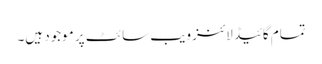
تمام گائیڈ لائنز ویب سائٹ پر موجود ہیں۔